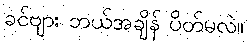
ခင်ဗျား ဘယ်အချိန် ပိတ်မလဲ။